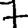
Digit: 7